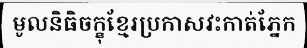
មូលនិធិចក្ខុខ្មែរប្រកាសវះកាត់ភ្នែក